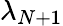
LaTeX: \lambda_{N+1}